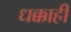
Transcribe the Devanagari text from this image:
धक्काही